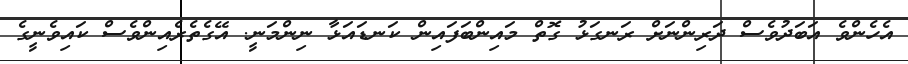
އެހެންވެ އަބަދުވެސް ދަރިންނަށް ރަނގަޅު ގޮތް މައިންބަފައިން ކަނޑައަޅާ ނިންމަނީ. އޭގެތެރެއިންވެސް ކައިވެނީގެ